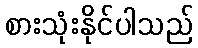
စားသုံးနိုင်ပါသည်